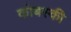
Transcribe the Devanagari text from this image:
कोबस्की